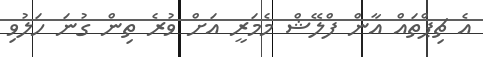
އެ ޗިޕްތައް އާން ފްލޭޝް މެމަރީ އަށް ވުރެ ތިން ގުނަ ހަލުވި